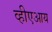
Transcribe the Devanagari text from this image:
व्हीएआय